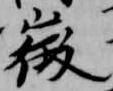
微